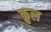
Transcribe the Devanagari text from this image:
क़ुल